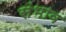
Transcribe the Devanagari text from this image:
संभाव